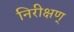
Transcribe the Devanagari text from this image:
निरीक्षण्